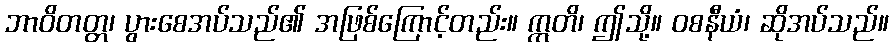
ဘာဝိတတ္တ၊ ပွားစေအပ်သည်၏ အဖြစ်ကြောင့်တည်း။ ဣတိ၊ ဤသို့။ ဝစနီယံ၊ ဆိုအပ်သည်။